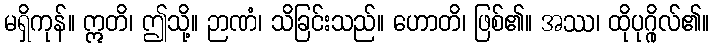
မရှိကုန်။ ဣတိ၊ ဤသို့။ ဉာဏံ၊ သိခြင်းသည်။ ဟောတိ၊ ဖြစ်၏။ အဿ၊ ထိုပုဂ္ဂိုလ်၏။